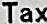
TAX